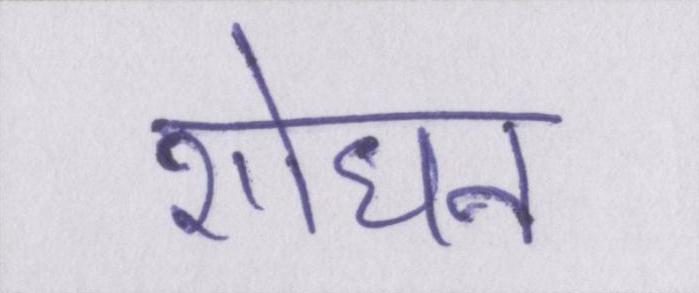
शोधन